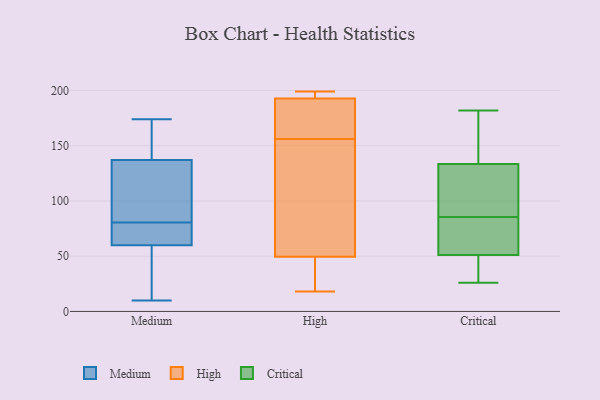
{"axis": {"x": "Revenue (USD Million)", "y": "Value"}, "legend": ["Critical", "High", "Medium"], "data": [{"x": "", "y": 83, "type": "Medium"}, {"x": "", "y": 78, "type": "Medium"}, {"x": "", "y": 161, "type": "Medium"}, {"x": "", "y": 63, "type": "Medium"}, {"x": "", "y": 108, "type": "Medium"}, {"x": "", "y": 137, "type": "Medium"}, {"x": "", "y": 60, "type": "Medium"}, {"x": "", "y": 174, "type": "Medium"}, {"x": "", "y": 10, "type": "Medium"}, {"x": "", "y": 19, "type": "Medium"}, {"x": "", "y": 18, "type": "High"}, {"x": "", "y": 66, "type": "High"}, {"x": "", "y": 193, "type": "High"}, {"x": "", "y": 143, "type": "High"}, {"x": "", "y": 187, "type": "High"}, {"x": "", "y": 193, "type": "High"}, {"x": "", "y": 192, "type": "High"}, {"x": "", "y": 44, "type": "High"}, {"x": "", "y": 29, "type": "High"}, {"x": "", "y": 156, "type": "High"}, {"x": "", "y": 199, "type": "High"}, {"x": "", "y": 62, "type": "Critical"}, {"x": "", "y": 97, "type": "Critical"}, {"x": "", "y": 31, "type": "Critical"}, {"x": "", "y": 141, "type": "Critical"}, {"x": "", "y": 110, "type": "Critical"}, {"x": "", "y": 155, "type": "Critical"}, {"x": "", "y": 36, "type": "Critical"}, {"x": "", "y": 50, "type": "Critical"}, {"x": "", "y": 53, "type": "Critical"}, {"x": "", "y": 90, "type": "Critical"}, {"x": "", "y": 169, "type": "Critical"}, {"x": "", "y": 33, "type": "Critical"}, {"x": "", "y": 26, "type": "Critical"}, {"x": "", "y": 182, "type": "Critical"}, {"x": "", "y": 52, "type": "Critical"}, {"x": "", "y": 179, "type": "Critical"}, {"x": "", "y": 126, "type": "Critical"}, {"x": "", "y": 79, "type": "Critical"}, {"x": "", "y": 120, "type": "Critical"}, {"x": "", "y": 81, "type": "Critical"}]}